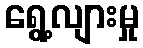
ရွေ့လျားမှု